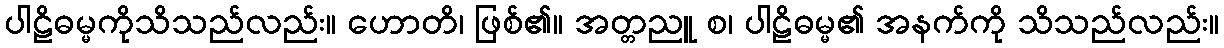
ပါဠိဓမ္မကိုသိသည်လည်း။ ဟောတိ၊ ဖြစ်၏။ အတ္တညူ စ၊ ပါဠိဓမ္မ၏ အနက်ကို သိသည်လည်း။